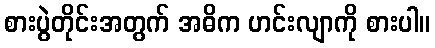
စားပွဲတိုင်းအတွက် အဓိက ဟင်းလျာကို စားပါ။